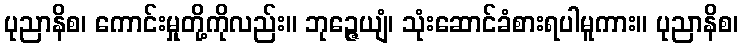
ပုညာနိစ၊ ကောင်းမှုတို့ကိုလည်း။ ဘုဉ္ဇေယျံ၊ သုံးဆောင်ခံစားရပါမူကား။ ပုညာနိစ၊